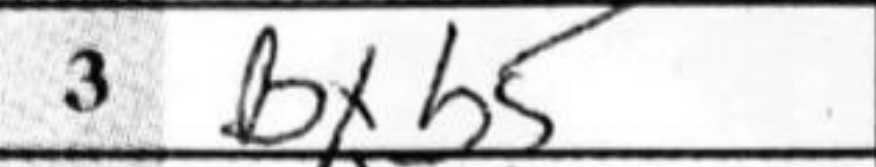
Transcription: Bxb5